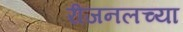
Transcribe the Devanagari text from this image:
रीजनलच्या